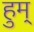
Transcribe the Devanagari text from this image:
हुम्